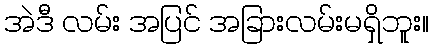
အဲဒီ လမ်း အပြင် အခြားလမ်းမရှိဘူး။